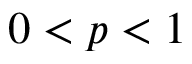
0 < p < 1